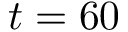
t = 6 0